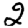
Digit: 2